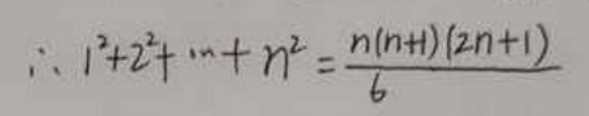
\[\therefore 1^{2}+2^{2}+\cdots +n^{2}=\frac{n(n + 1)(2n + 1)}{6}\]